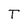
Character: T